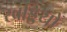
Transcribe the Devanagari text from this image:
खड्डियों